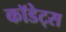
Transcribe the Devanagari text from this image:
कॉडेट्स